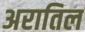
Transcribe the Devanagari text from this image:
अरातिल